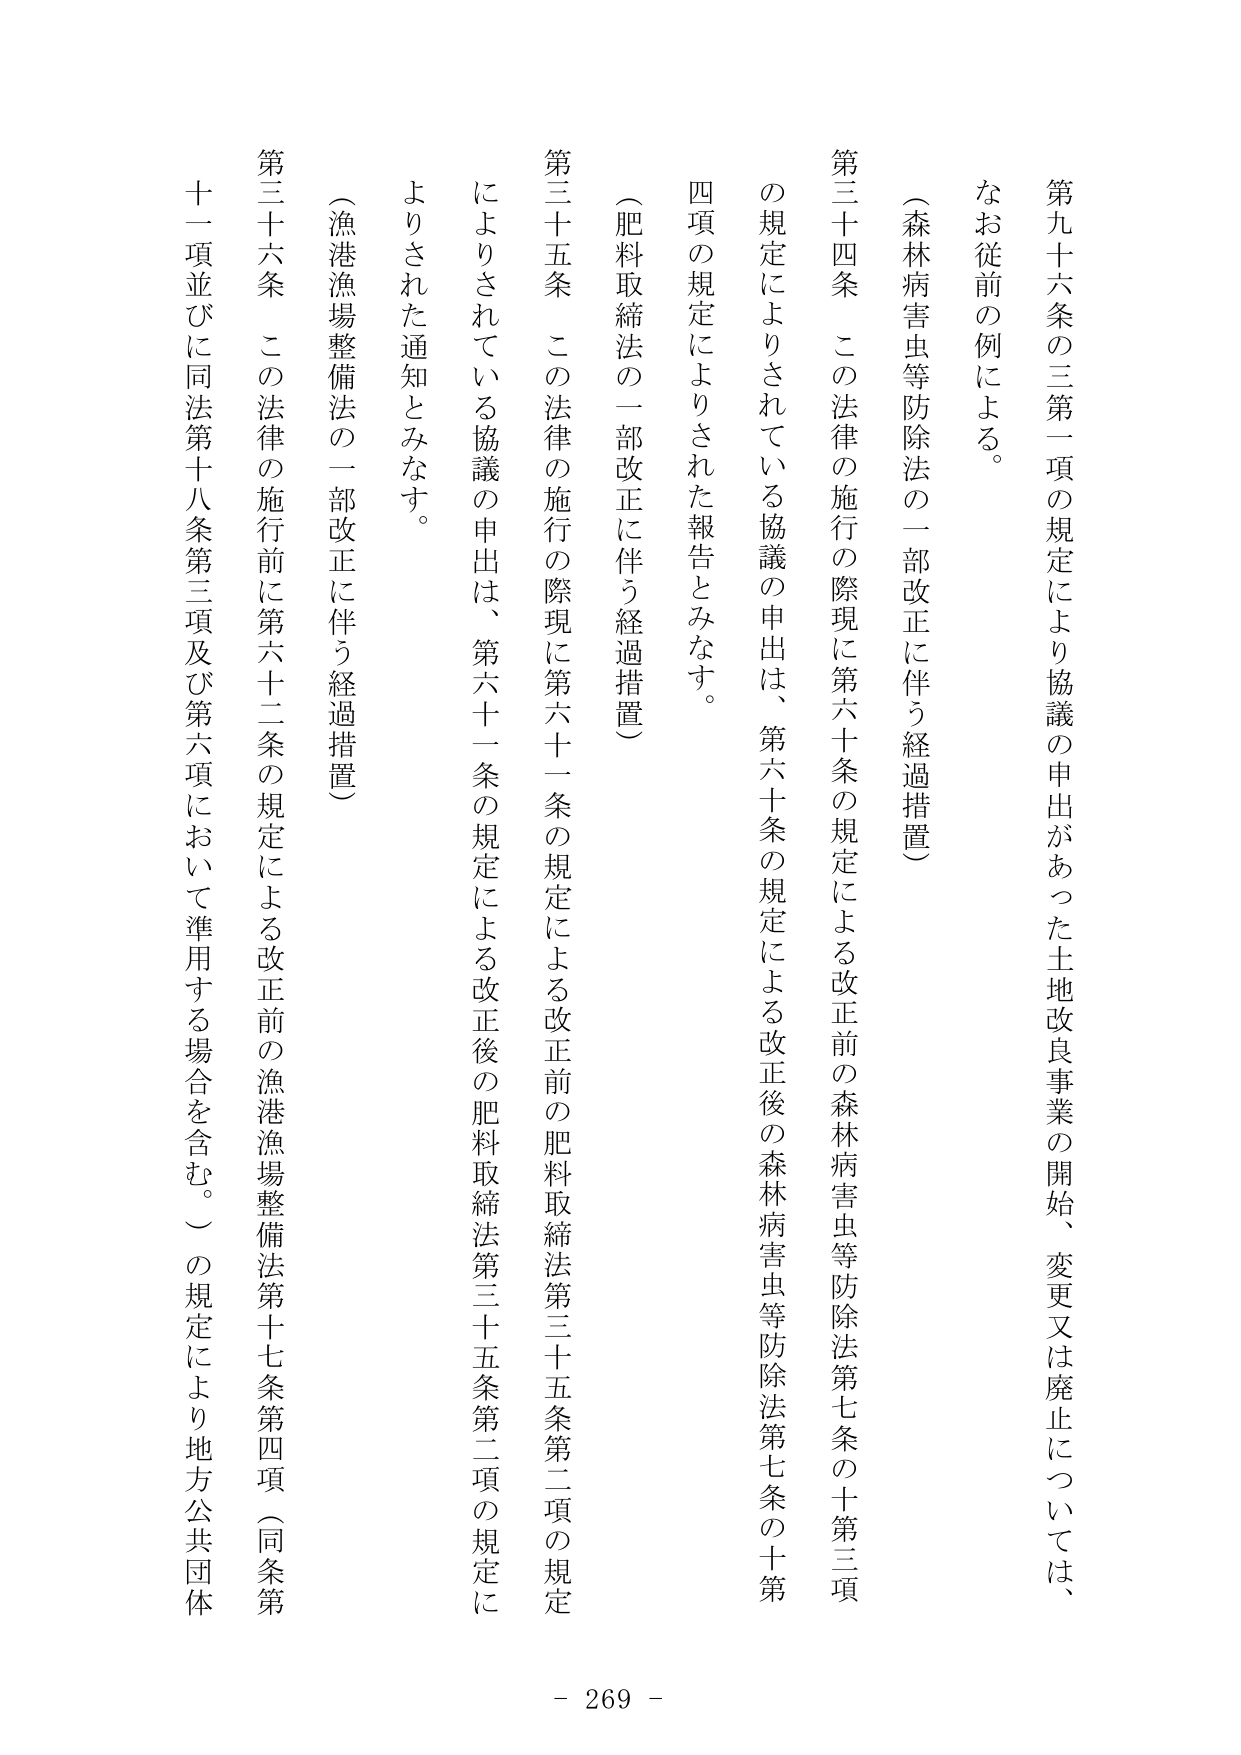
第九十六条の三第一項の規定により協議の申出があった土地改良事業の開始、変更又は廃止については、
なお従前の例による。

（森林病害虫等防除法の一部改正に伴う経過措置）
第三十四条 この法律の施行の際現に第六十条の規定による改正前の森林病害虫等防除法第七条の十三項
の規定によりされている協議の申出は、第六十条の規定による改正後の森林病害虫等防除法第七条の十第
四項の規定によりされた報告とみなす。

（肥料取締法の一部改正に伴う経過措置）
第三十五条 この法律の施行の際現に第六十一条の規定による改正前の肥料取締法第三十五条第二項の規定
によりされている協議の申出は、第六十一条の規定による改正後の肥料取締法第三十五条第二項の規定に
よりされた通知とみなす。

（漁港漁場整備法の一部改正に伴う経過措置）
第三十六条 この法律の施行前に第六十二条の規定による改正前の漁港漁場整備法第十七条第四項（同条第
十一項並びに同法第十八条第三項及び第六項において準用する場合を含む。）の規定により地方公共団体

- 269 -